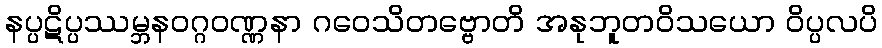
နပ္ပဋိပ္ပဿမ္ဘနဝဂ္ဂဝဏ္ဏနာ ဂဝေသိတဗ္ဗောတိ အနုဘူတဝိသယော ဝိပ္ပလပိ